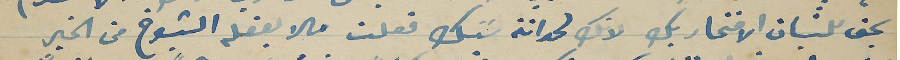
يحق للشبان الافتخار بك لانك لحداثة سَنك فعلت ما لا يفعله الشيوخ من الخير